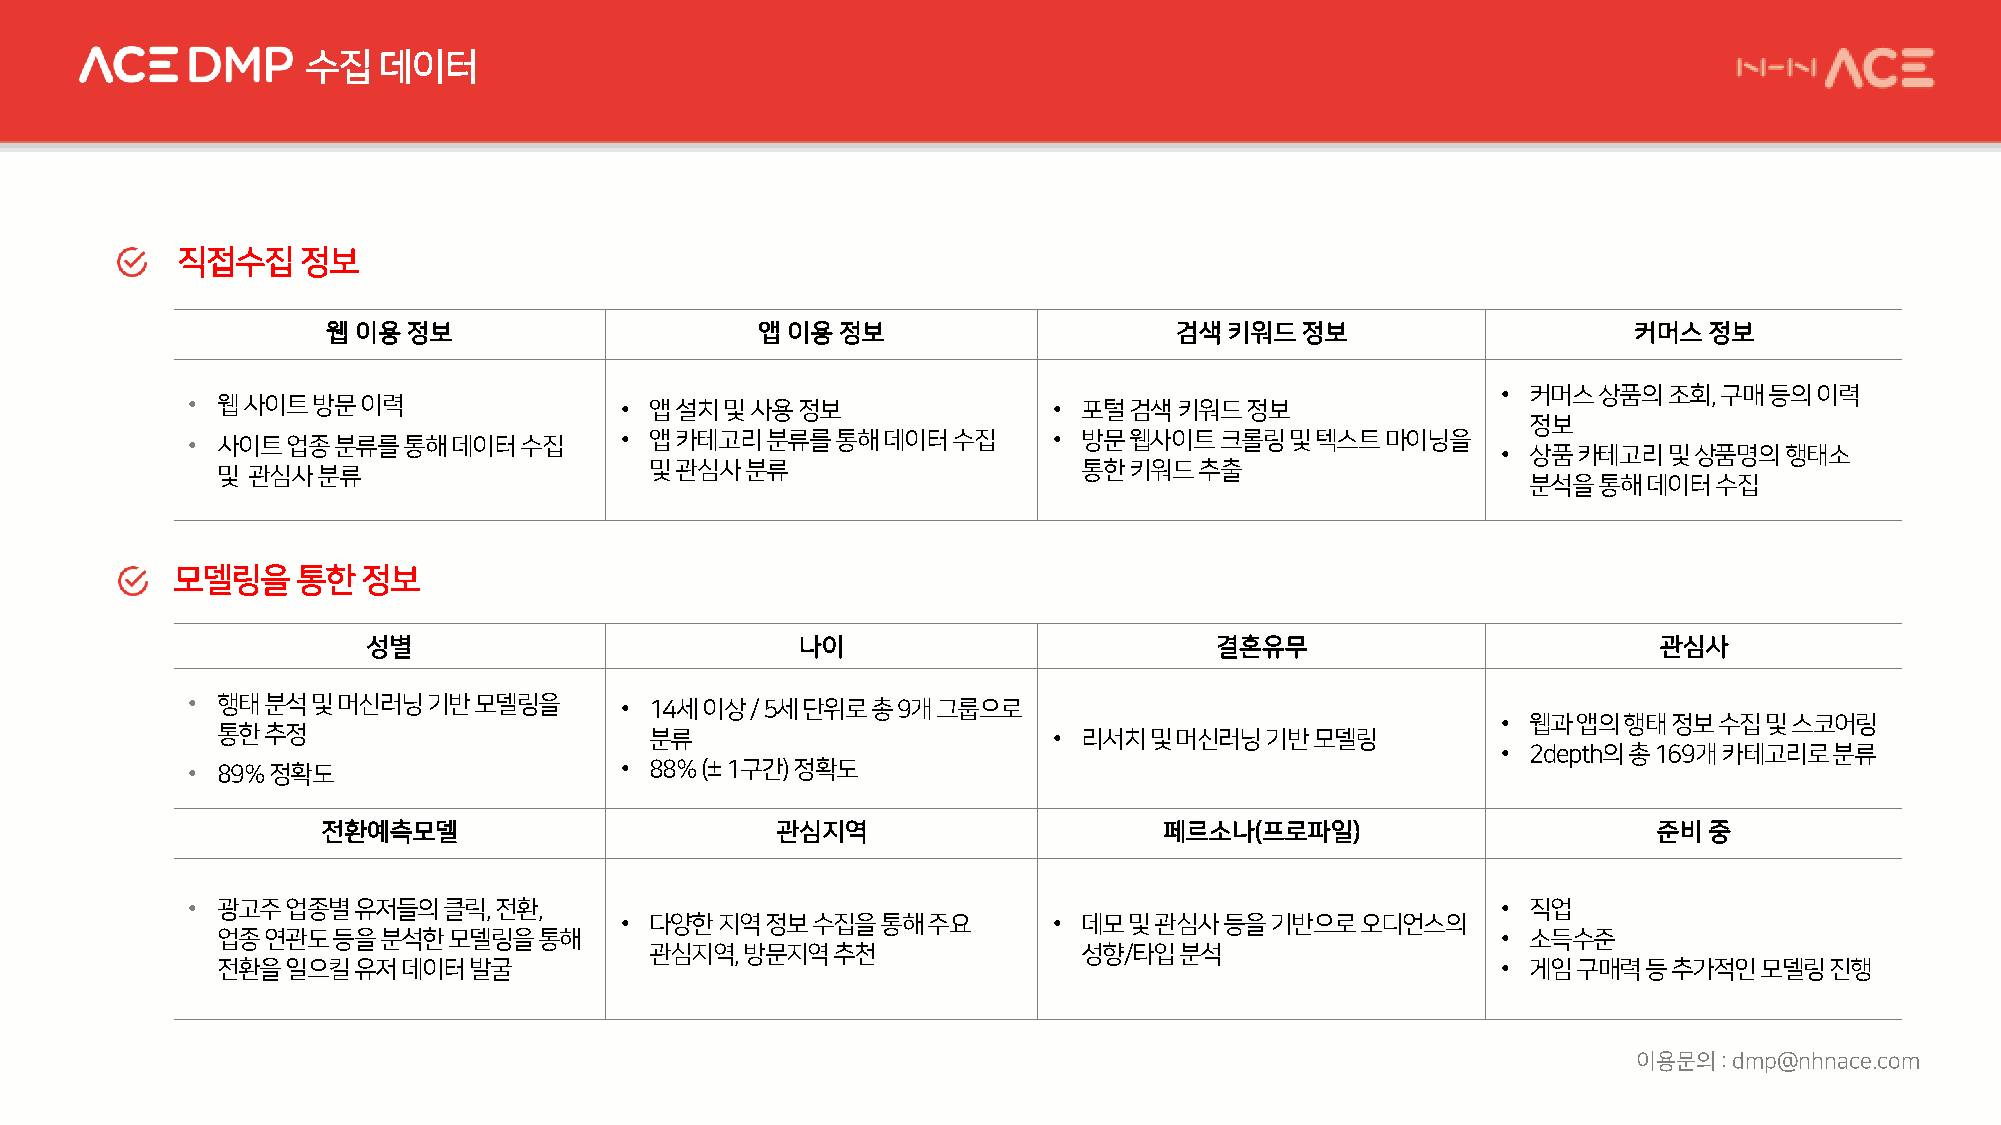
수집   데이터
 직접수집정보
 웹 이용정보                      앱 이용정보                      검색키워드정보                       커머스정보
 • 커머스상품의조회,    구매등의이력
 • 웹사이트방문이력                   • 앱설치및사용정보                   • 포털검색키워드정보
 정보
 • 사이트업종분류를통해데이터수집            • 앱카테고리분류를통해데이터수집            • 방문웹사이트크롤링및텍스트마이닝을
 • 상품카테고리및상품명의행태소
 및 관심사분류                      및관심사분류                       통한키워드추출
 분석을통해데이터수집
 모델링을통한정보
 성별                           나이                         결혼유무                          관심사
 • 행태분석및머신러닝기반모델링을            • 14세이상/ 5세단위로총9개그룹으로
 • 웹과앱의행태정보수집및스코어링
 통한추정                         분류                         • 리서치및머신러닝기반모델링
 • 2depth의총169개카테고리로분류
 • 89% 정확도                    • 88% (±1구간) 정확도
 전환예측모델                        관심지역                      페르소나(프로파일)                       준비중
 • 광고주업종별유저들의클릭,      전환,                                                               • 직업
 • 다양한지역정보수집을통해주요             • 데모및관심사등을기반으로오디언스의
 업종연관도등을분석한모델링을통해                                                                     • 소득수준
 관심지역, 방문지역추천                 성향/타입분석
 전환을일으킬유저데이터발굴                                                                        • 게임구매력등추가적인모델링진행
 이용문의:  dmp@nhnace.com